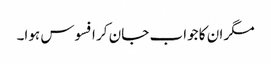
مگر ان کا جواب جان کر افسوس ہوا۔